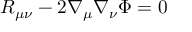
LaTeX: R _ { \mu \nu } - 2 \nabla _ { \mu } \nabla _ { \nu } \Phi = 0